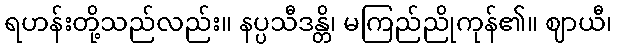
ရဟန်းတို့သည်လည်း။ နပ္ပသီဒန္တိ၊ မကြည်ညိုကုန်၏။ ဈာယီ၊